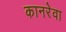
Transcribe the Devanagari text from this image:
कानरेवा